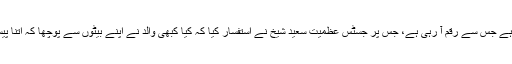
مخدوم علی خان کا کہنا تھا کہ وزیراعظم اپنے بچوں کے کاروبار سے آگاہ ہیں، بیٹوں کا کاروبار ہے جس سے رقم آ رہی ہے، جس پر جسٹس عظمیت سعید شیخ نے استفسار کیا کہ کیا کبھی والد نے اپنے بیٹوں سے پوچھا کہ اتنا پیسہ کہاں سے اور کس کاروبار سے آ رہا ہے اور اس رقم کو تحفے میں دینے کی کیا وجوہات ہیں؟